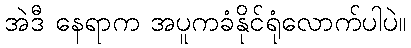
အဲဒီ နေရာက အပူကခံနိုင်ရုံလောက်ပါပဲ။